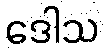
ဒေါသ